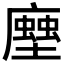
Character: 𧑢